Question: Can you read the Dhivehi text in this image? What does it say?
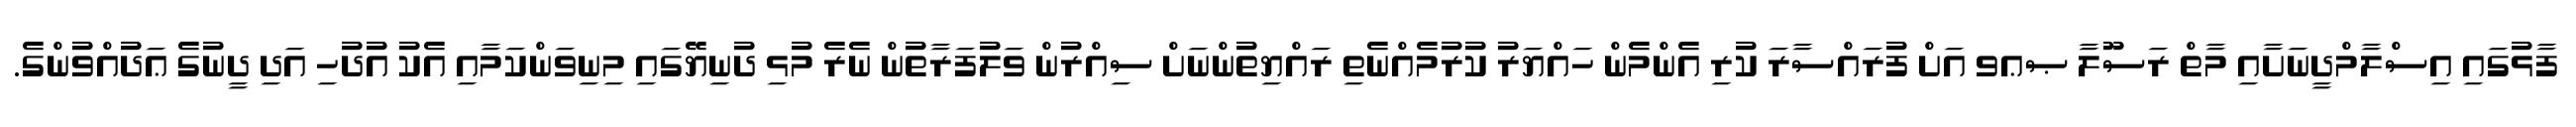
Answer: ފާޅުގައި އިސްލާމްދީނަށާއި މާތް ރަސޫލާ ޞޢވ އަށް ފުރައްސާރަ ކުރި އެންމެން ހައްޔަރު ކުރުމެއްނެތި ރައްޔިތުންނަށް ސިއްރުން ވަލުފަރާތުން ނެރެ މުޅި ދުނިޔޭގައި މިނިވަންކަމާއި އެކު އުދުހި އަދި ދީނުގެ ޢަދުއްވުންގެ.